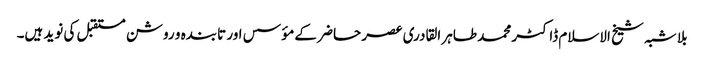
بلا شبہ شیخ الاسلام ڈاکٹر محمد طاہر القادری عصر حاضر کے مؤسس اور تابندہ و روشن مستقبل کی نوید ہیں۔